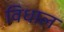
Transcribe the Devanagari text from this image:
विधाल